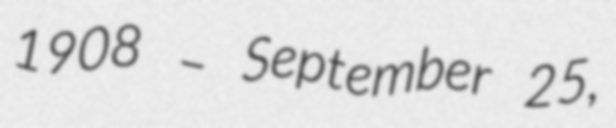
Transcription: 1908 – September 25,